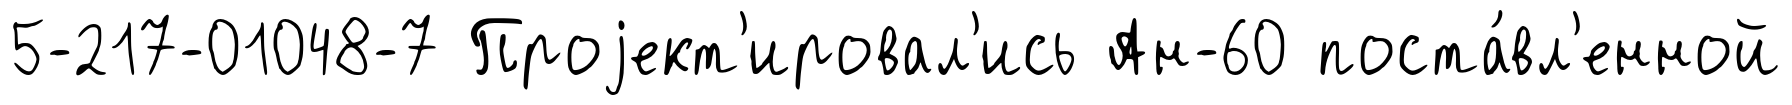
5-217-01048-7 Проjект'ировал'ись Ан-60 поста́вл'енной